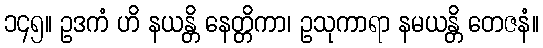
၁၄၅။ ဥဒကံ ဟိ နယန္တိ နေတ္တိကာ၊ ဥသုကာရာ နမယန္တိ တေဇနံ။